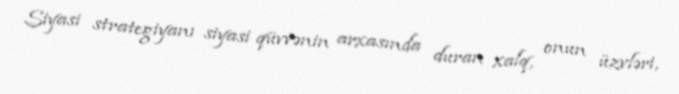
Siyasi strategiyanı siyasi qüvvənin arxasında duran xalq, onun üzvləri,